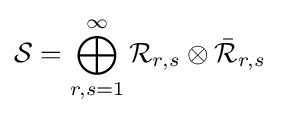
{\mathcal {S}}=\bigoplus _{r,s=1}^{\infty }{\mathcal {R}}_{r,s}\otimes {\bar {\mathcal {R}}}_{r,s}\